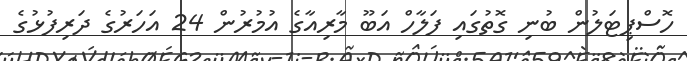
ހޮސްޕިޓަލުން ބުނި ގޮތުގައި ފަލާހް އަބޫ މާރިއާގެ އުމުރުން 24 އަހަރުގެ ދަރިފުޅުގެ